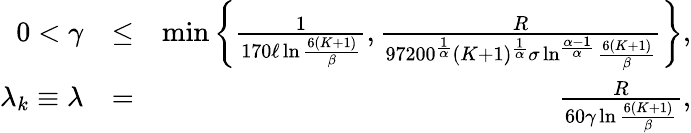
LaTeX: \begin{array}{rlr}{0<\gamma}&{\leq}&{\operatorname*{min}\left\{ \frac{1}{170\ell\ln\frac{6(K+1)}{\beta}},\frac{R}{97200^{\frac{1}{\alpha}}(K+1)^{\frac{1}{\alpha}}\sigma\ln^{\frac{\alpha-1}{\alpha}}\frac{6(K+1)}{\beta}}\right\} ,}\\ {\lambda_{k}\equiv\lambda}&{=}&{\frac{R}{60\gamma\ln\frac{6(K+1)}{\beta}},}\end{array}